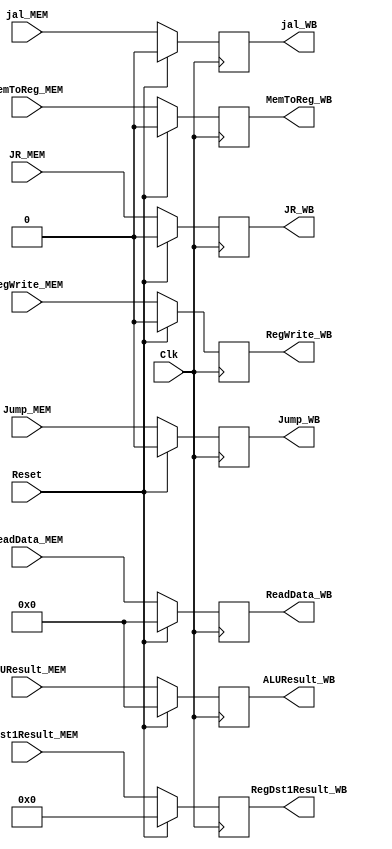
`timescale 1ns / 1ps

module MEM_WB_Reg(ReadData_MEM, ReadData_WB, ALUResult_MEM, ALUResult_WB, 
                  MemToReg_MEM, MemToReg_WB, RegWrite_MEM, RegWrite_WB,
                  RegDst1Result_MEM, RegDst1Result_WB, jal_MEM, jal_WB, Jump_MEM, Jump_WB, JR_MEM, JR_WB, Clk, Reset);

input Reset;
input Clk;
input MemToReg_MEM, RegWrite_MEM, jal_MEM, Jump_MEM, JR_MEM; // control signals
input [4:0] RegDst1Result_MEM;
input [31:0] ReadData_MEM, ALUResult_MEM;

output reg MemToReg_WB, RegWrite_WB, jal_WB, Jump_WB, JR_WB;
output reg [4:0] RegDst1Result_WB;
output reg [31:0] ReadData_WB, ALUResult_WB;

initial begin

    ReadData_WB <= 0;
    ALUResult_WB <= 0;
    MemToReg_WB <= 0;
    RegWrite_WB <= 0;
    RegDst1Result_WB <= 0;

end

always @(posedge Clk) begin
    if (Reset == 1)begin
    ReadData_WB <= 0;
    ALUResult_WB <= 0;
    MemToReg_WB <= 0;
    RegWrite_WB <= 0;
    RegDst1Result_WB <= 0;
    jal_WB <= 0;
    Jump_WB <= 0;
    JR_WB <= 0;
    end
    else begin
    ReadData_WB <= ReadData_MEM;
    ALUResult_WB <= ALUResult_MEM;
    MemToReg_WB <= MemToReg_MEM;
    RegWrite_WB <= RegWrite_MEM;
    RegDst1Result_WB <= RegDst1Result_MEM;
    jal_WB <= jal_MEM;
    Jump_WB <= Jump_MEM;
    JR_WB <= JR_MEM;
    end
end



endmodule